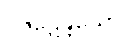
ဝိဇဋေန္တိယော